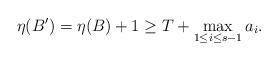
LaTeX: \begin{align*}\eta(B^{\prime})=\eta(B)+1\ge T+\max_{1\le i \le s-1}a_i. \end{align*}